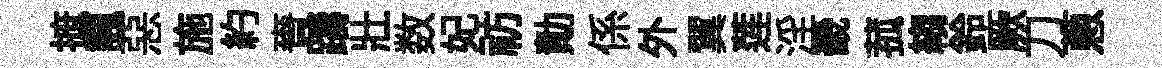
摭諷惡施約賚躊壯数妃祊勣係外翼莲淫畿菰縐鈴厥刀蔥